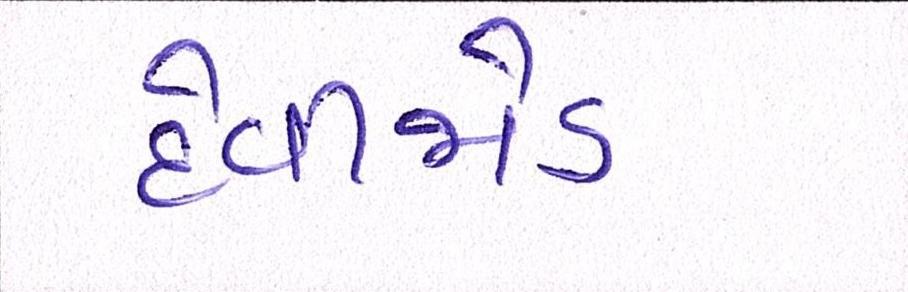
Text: દેવીજોડ